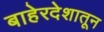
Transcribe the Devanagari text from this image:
बाहेरदेशातून